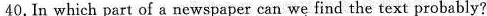
40.In which part of a newspaper can we find the text probably?